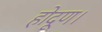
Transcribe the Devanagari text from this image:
होदूण।